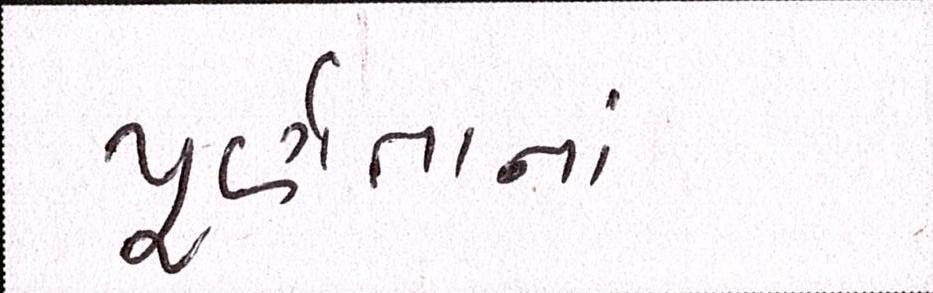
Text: પૂર્ણતાનાં